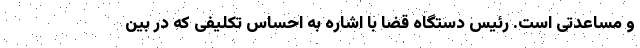
و مساعدتی است. رئیس دستگاه قضا با اشاره به احساس تکلیفی که در بین